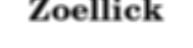
Zoellick